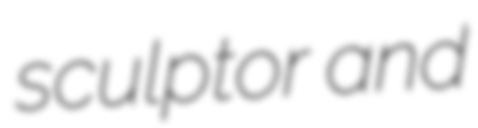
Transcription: sculptor and